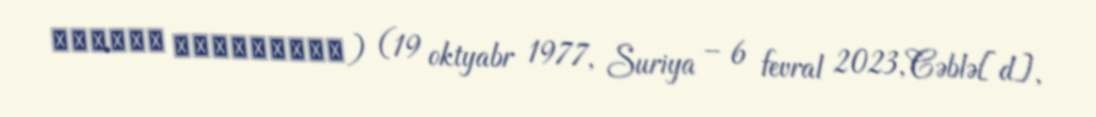
نَادِر جُوخَدَار) (19 oktyabr 1977, Suriya – 6 fevral 2023, Cəblə[d],